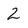
Character: 2